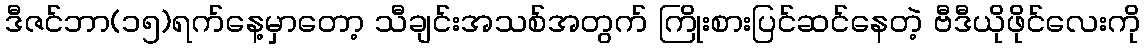
ဒီဇင်ဘာ(၁၅)ရက်နေ့မှာတော့ သီချင်းအသစ်အတွက် ကြိုးစားပြင်ဆင်နေတဲ့ ဗီဒီယိုဖိုင်လေးကို